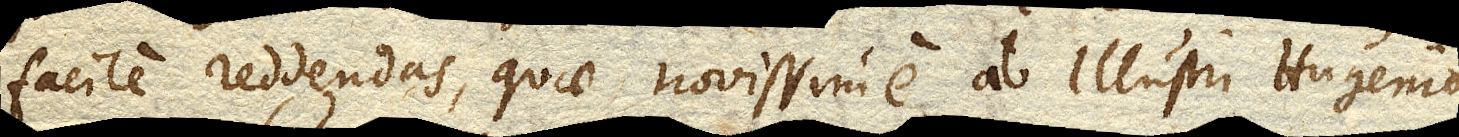
facile reddendas, quae novissime ab Illustri Hugenio